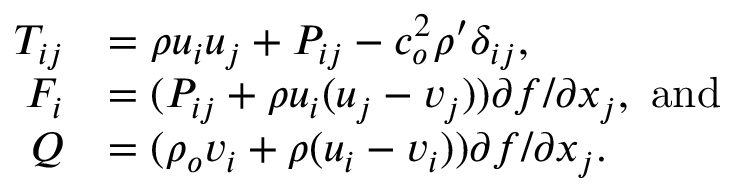
\begin{array} { r l } { T _ { i j } } & { = \rho u _ { i } u _ { j } + P _ { i j } - c _ { o } ^ { 2 } \rho ^ { \prime } \delta _ { i j } , } \\ { F _ { i } } & { = ( P _ { i j } + \rho u _ { i } ( u _ { j } - v _ { j } ) ) { \partial f } / { \partial x _ { j } } , ~ \mathrm { a n d } } \\ { Q } & { = ( \rho _ { o } v _ { i } + \rho ( u _ { i } - v _ { i } ) ) { \partial f } / { \partial x _ { j } } . } \end{array}